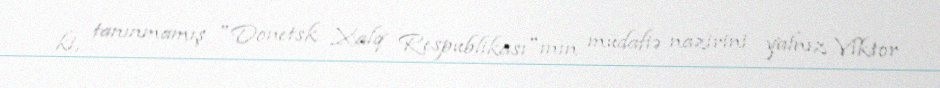
ki, tanınmamış "Donetsk Xalq Respublikası"ının müdafiə nazirini yalnız Viktor